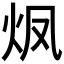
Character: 𮳡